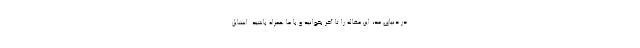
در دنیای مد، این مقاله را تا آخر بخوانید و با ما همراه باشید. استایل